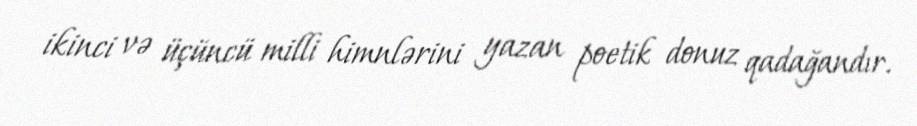
ikinci və üçüncü milli himnlərini yazan poetik donuz qadağandır.